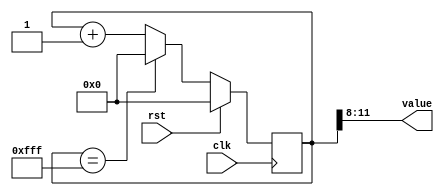
/*
   This file was generated automatically by the Mojo IDE version B1.3.5.
   Do not edit this file directly. Instead edit the original Lucid source.
   This is a temporary file and any changes made to it will be destroyed.
*/

/*
   Parameters:
     SIZE = DIGIT_BITS
     DIV = DIV
     TOP = DIGITS-1
     UP = 1
*/
module counter_6 (
    input clk,
    input rst,
    output reg [3:0] value
  );
  
  localparam SIZE = 3'h4;
  localparam DIV = 4'h8;
  localparam TOP = 6'h0f;
  localparam UP = 1'h1;
  
  
  reg [11:0] M_ctr_d, M_ctr_q = 1'h0;
  
  localparam MAX_VALUE = 14'h0fff;
  
  always @* begin
    M_ctr_d = M_ctr_q;
    
    value = M_ctr_q[8+3-:4];
    if (1'h1) begin
      M_ctr_d = M_ctr_q + 1'h1;
      if (1'h1 && M_ctr_q == 14'h0fff) begin
        M_ctr_d = 1'h0;
      end
    end else begin
      M_ctr_d = M_ctr_q - 1'h1;
      if (1'h1 && M_ctr_q == 1'h0) begin
        M_ctr_d = 14'h0fff;
      end
    end
  end
  
  always @(posedge clk) begin
    if (rst == 1'b1) begin
      M_ctr_q <= 1'h0;
    end else begin
      M_ctr_q <= M_ctr_d;
    end
  end
  
endmodule